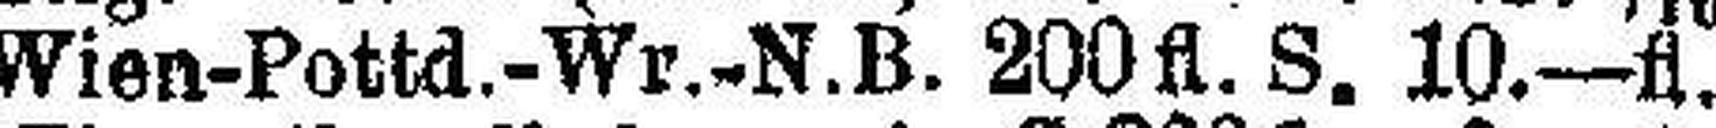
Wien-Pottd.-Wr.-N.B. 200 fl. S. 10.—fl.